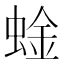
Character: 𫋆